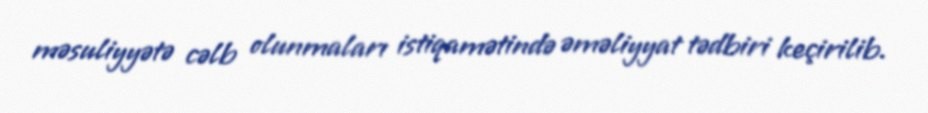
məsuliyyətə cəlb olunmaları istiqamətində əməliyyat tədbiri keçirilib.